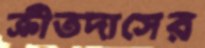
ক্রীতদাসের